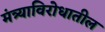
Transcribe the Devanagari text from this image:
मंत्र्याविरोधातील